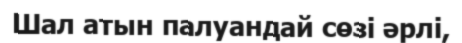
Шал атын палуандай сөзі әрлі,